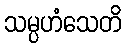
သမ္ပဟံသေတိ